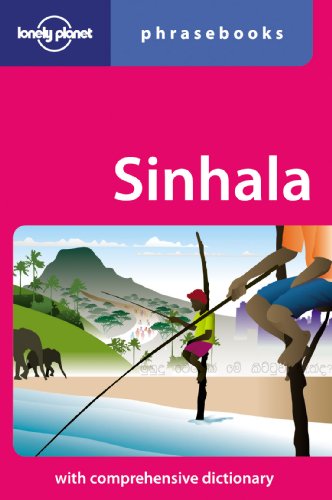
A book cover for Lonely Planet Sinhala Phrasebook (Lonely Planet Phrasebook: Sinhala); Swarna Pragnaratne; Travel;